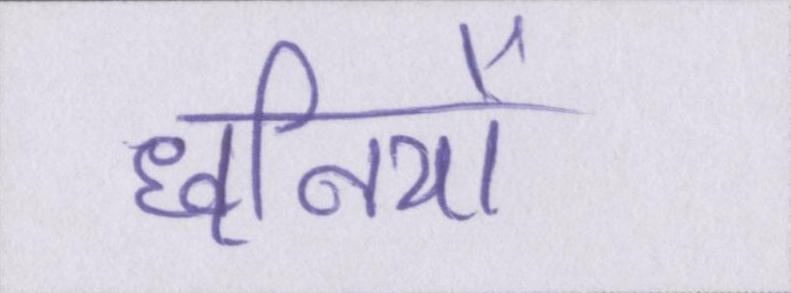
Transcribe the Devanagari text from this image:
ध्वनियों